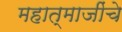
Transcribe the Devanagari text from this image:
महात्माजींचे